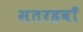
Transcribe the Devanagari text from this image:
सतरहवाँ